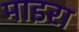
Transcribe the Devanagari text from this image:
माइरा